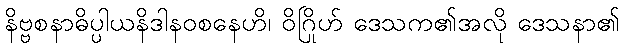
နိဗ္ဗစနာဓိပ္ပါယနိဒါနဝစနေဟိ၊ ဝိဂြိုဟ် ဒေသက၏အလို ဒေသနာ၏